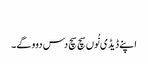
‏
اپنے ڈیڈی نُوں سچ سچ دس دوو گے۔